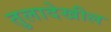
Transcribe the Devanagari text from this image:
तुलादेखील